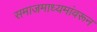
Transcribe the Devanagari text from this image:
समाजमाध्यमांवरून